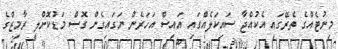
މިނުޓެއްގެ ތެރޭގައި އެކުއްޖާ ސައިކަލެއްގައި އައިސް އަހަރެން ނަގައިގެން ގޮސް މަޑުކޮށްލީ ރާމިޒްގެ